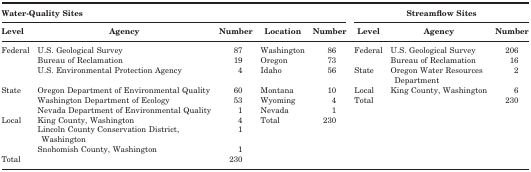
<table><thead><tr><td colspan="5"><b>Water-Quality Sites</b></td><td colspan="3"><b>Streamflow Sites</b></td></tr><tr><td><b>Level</b></td><td><b>Agency</b></td><td><b>Number</b></td><td><b>Location</b></td><td><b>Number</b></td><td><b>Level</b></td><td><b>Agency</b></td><td><b>Number</b></td></tr></thead><tbody><tr><td>Federal</td><td>U.S. Geological Survey</td><td>87</td><td>Washington</td><td>86</td><td>Federal</td><td>U.S. Geological Survey</td><td>206</td></tr><tr><td></td><td>Bureau of Reclamation</td><td>19</td><td>Oregon</td><td>73</td><td></td><td>Bureau of Reclamation</td><td>16</td></tr><tr><td></td><td>U.S. Environmental Protection Agency</td><td>4</td><td>Idaho</td><td>56</td><td>State</td><td>Oregon Water Resources Department</td><td>2</td></tr><tr><td>State</td><td>Oregon Department of Environmental Quality</td><td>60</td><td>Montana</td><td>10</td><td>Local</td><td>King County, Washington</td><td>6</td></tr><tr><td></td><td>Washington Department of Ecology</td><td>53</td><td>Wyoming</td><td>4</td><td>Total</td><td></td><td>230</td></tr><tr><td></td><td>Nevada Department of Environmental Quality</td><td>1</td><td>Nevada</td><td>1</td><td></td><td></td><td></td></tr><tr><td>Local</td><td>King County, Washington</td><td>4</td><td>Total</td><td>230</td><td></td><td></td><td></td></tr><tr><td></td><td>Lincoln County Conservation District, Washington</td><td>1</td><td></td><td></td><td></td><td></td><td></td></tr><tr><td></td><td>Snohomish County, Washington</td><td>1</td><td></td><td></td><td></td><td></td><td></td></tr><tr><td>Total</td><td></td><td>230</td><td></td><td></td><td></td><td></td><td></td></tr></tbody></table>